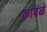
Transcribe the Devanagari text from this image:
काबंळे